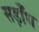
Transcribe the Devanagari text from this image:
सड़ाँध